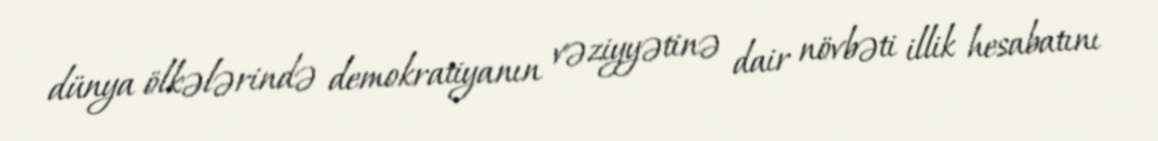
dünya ölkələrində demokratiyanın vəziyyətinə dair növbəti illik hesabatını